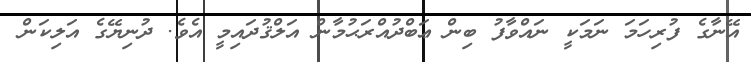
އޭނާގެ ފުރިހަމަ ނަމަކީ ނައްވާފު ބިން ޢަބްދުއްރަޙުމާން އަލްޤުދައިމީ އެވެ. ދުނިޔޭގެ އަލިކަން